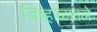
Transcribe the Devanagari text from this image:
जिव्हाळातले